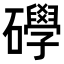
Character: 𥗙